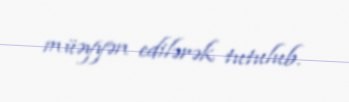
müəyyən edilərək tutulub.